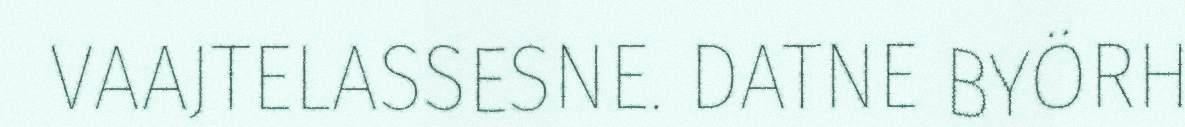
VAAJTELASSESNE. DATNE BYÖRH